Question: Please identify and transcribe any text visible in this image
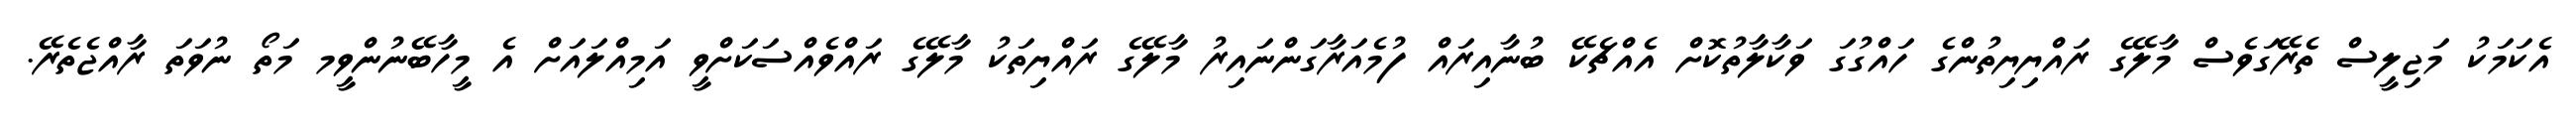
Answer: އެކަމަކު މަޖިލީސް ތެރޭގަވެސް މާލޭގެ ރައްޔިޔިތުންގެ ހައްގުގަ ވަކާލާތުކޮށް އެއްޗެކޭ ބުނާއިރައް ފުމެއަރާގަންނައިރު މާލޭގެ ރައްޔިތަކު މާލޭގެ ރައްވެއްސަކަށްވީ އަމިއްލައަށް އެ މީހާބޭނުންވީމ މަތޯ ނުވަތަ ރާއްޖެތެރޭ.